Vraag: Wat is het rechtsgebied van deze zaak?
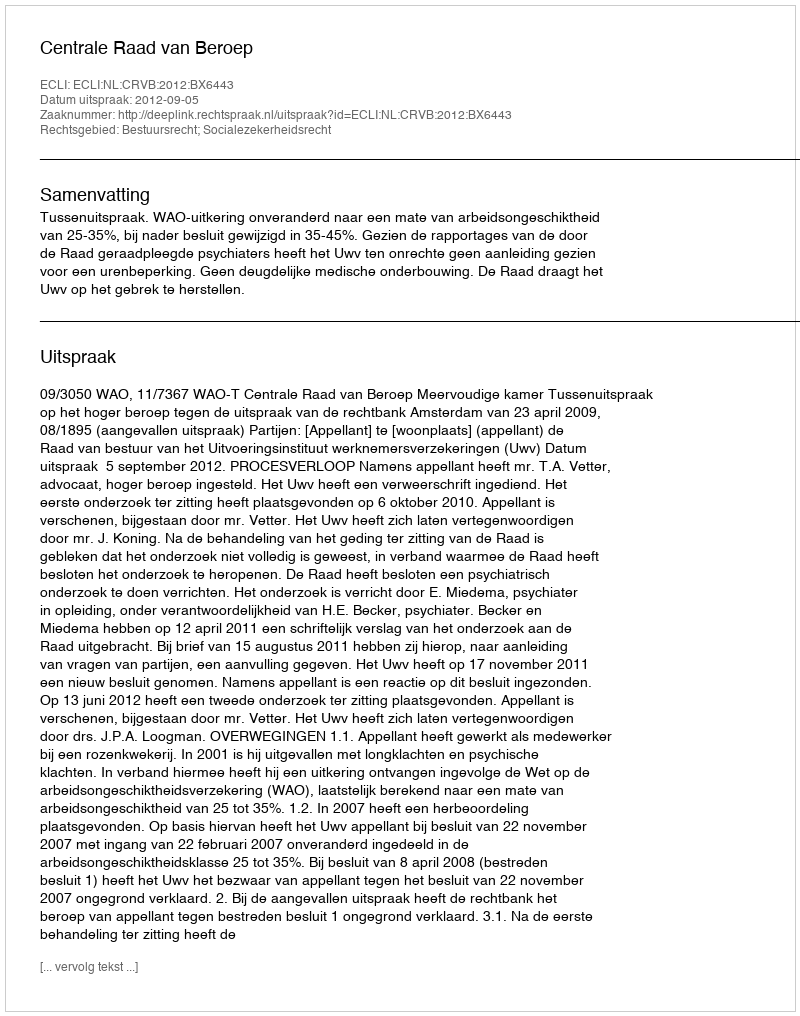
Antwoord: Bestuursrecht; Socialezekerheidsrecht